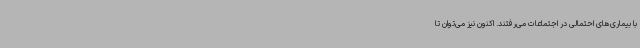
با بیماری‌های احتمالی در اجتماعات می‌رفتند. اکنون نیز می‌توان تا